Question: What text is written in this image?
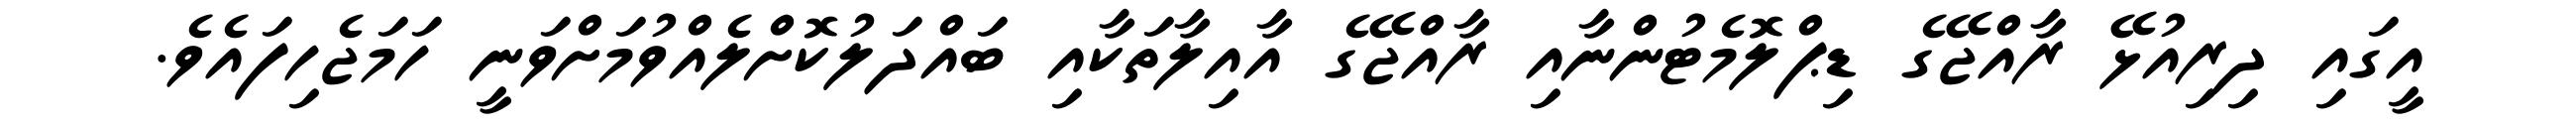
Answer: އީގައި ދިރިއުޅޭ ރާއްޖޭގެ ޑިޕްލޮމެޓުންނާއި ރާއްޖޭގެ އާއިލާތަކާއި ބައްދަލުކޮށްލެއްވުމަށްވަނީ ހަމަޖެހިފައެވެ.